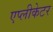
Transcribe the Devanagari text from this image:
एप्लीकेटर